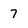
Character: 7